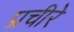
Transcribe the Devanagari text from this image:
प्रचीरे